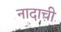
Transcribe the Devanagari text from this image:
नादाची